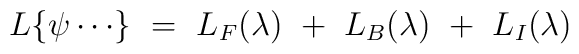
L \{ \psi \cdots \} ~=~ L_F(\lambda) ~+~L_B(\lambda) ~+~L_I(\lambda)